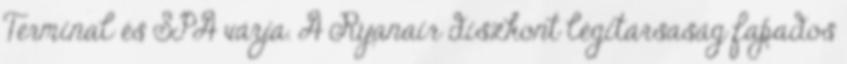
Terminal és SPA várja. A Ryanair diszkont légitársaság fapados